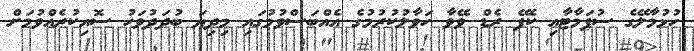
ހުޅުމާލޭގެ ސުޕަމާޓާއި ކެފޭ ރެޑް ވޭވާ ހަވާލުކުރުމުގެ އެއްބަސްވުމުގައި މިދިޔަ ބުދަދުވަހު ސޮއިކުރެއްވުމަށް